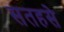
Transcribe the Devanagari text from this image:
सतहसे